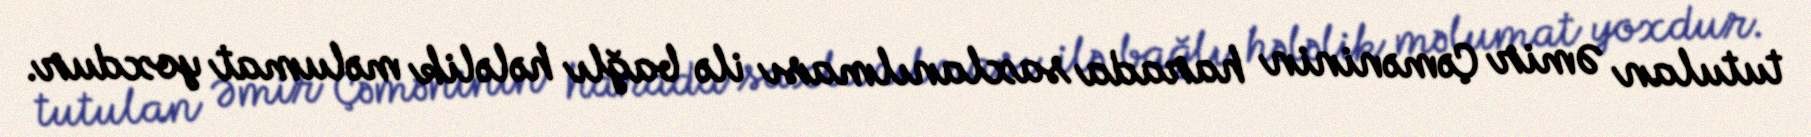
tutulan Əmir Çəməninin harada saxlanılması ilə bağlı hələlik məlumat yoxdur.